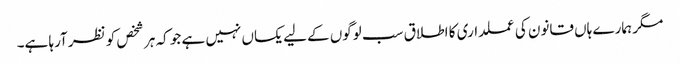
مگر ہمارے ہاں قانون کی عملداری کا اطلاق سب لوگوں کے لیے یکساں نہیں ہے جو کہ ہر شخص کو نظر آرہا ہے۔